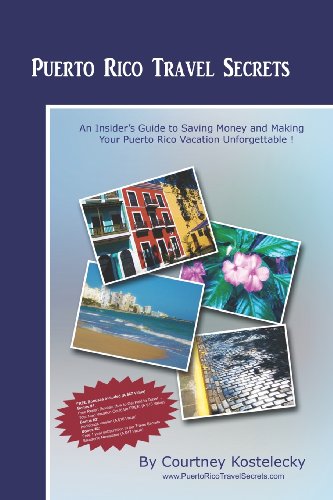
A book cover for Puerto Rico Travel Secrets: An Insiders Guide To Making Your Puerto Rico Vacation Unforgettable!; Courtney Kostelecky; Travel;